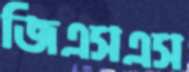
জিএসএস